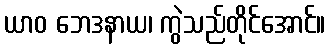
ယာဝ ဘေဒနာယ၊ ကွဲသည်တိုင်အောင်။